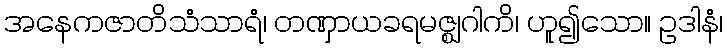
အနေကဇာတိသံသာရံ၊ တဏှာယခရမဇ္ဈဂါကိ၊ ဟူ၍သော။ ဥဒါနံ၊